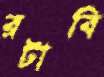
রটাবি